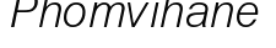
Phomvihane